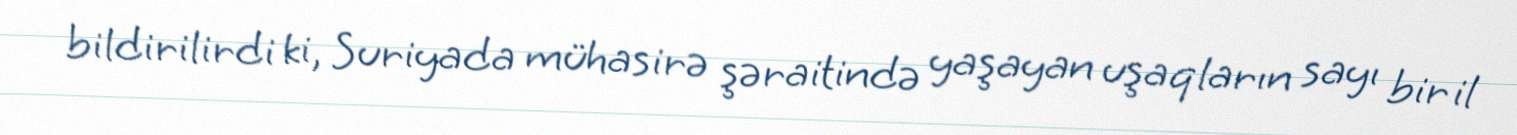
bildirilirdi ki, Suriyada mühasirə şəraitində yaşayan uşaqların sayı bir il